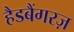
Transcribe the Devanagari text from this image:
हैडबैंगरज़